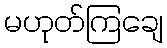
မဟုတ်ကြချေ